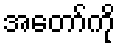
အတော်ကို